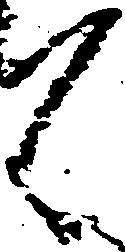
々